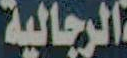
الرجالية